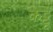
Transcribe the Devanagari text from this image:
कट्टू